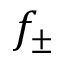
f _ { \pm }